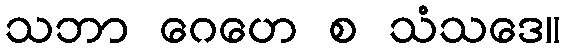
သဘာ ဂေဟေ စ သံသဒေ။